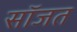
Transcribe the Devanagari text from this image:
सॉजत